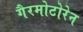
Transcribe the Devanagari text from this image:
गैरमोटोरेन